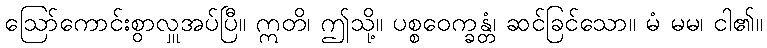
ဩော်ကောင်းစွာလှူအပ်ပြီ။ ဣတိ၊ ဤသို့။ ပစ္စဝေက္ခန္တံ၊ ဆင်ခြင်သော။ မံ မမ၊ ငါ၏။